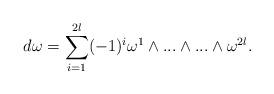
LaTeX: \begin{align*}d\omega = \sum_{i=1}^{2l}(-1)^{i}\omega^{1}\wedge ...\wedge ... \wedge \omega^{2l}.\end{align*}